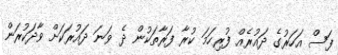
ފަސް އަހަރުގެ ދައުރެއް ފުރިހަމަ ކުރާ ފަރާތަކުން ދެ ވަނަ ދައުރަކަށް ވާދަކުރަން